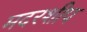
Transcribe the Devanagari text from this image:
मदरशीप